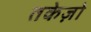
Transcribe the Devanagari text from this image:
तकेज़ो